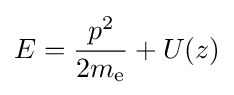
E={\frac {p^{2}}{2m_{\text{e}}}}+U(z)